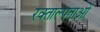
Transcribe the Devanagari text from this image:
रक्ताल्पताओं